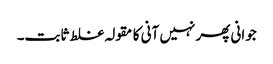
جوانی پھر نہیں آنی کا مقولہ غلط ثابت۔